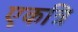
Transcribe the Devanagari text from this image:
एकत्रि